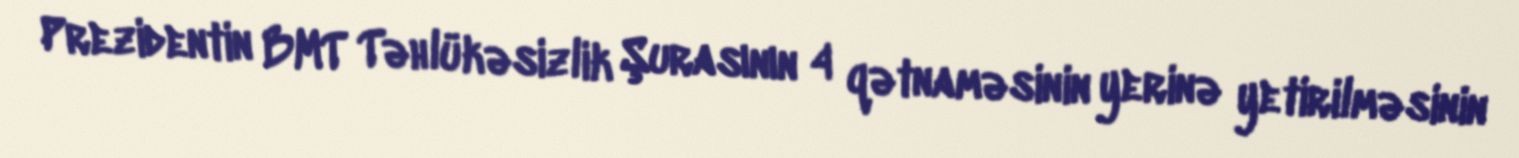
Prezidentin BMT Təhlükəsizlik Şurasının 4 qətnaməsinin yerinə yetirilməsinin